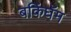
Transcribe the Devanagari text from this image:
बकिंघॅम